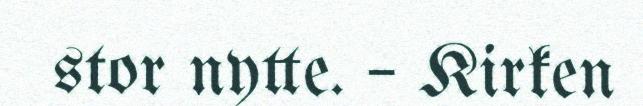
stor nytte. – Kirken